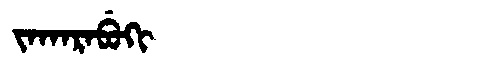
Manchu: ᠵᠠᡴᠠᡵᠠᠪᡠᡴᡳ
Romanization: JAKARABUKI